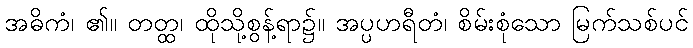
အဓိကံ၊ ၏။ တတ္ထ၊ ထိုသို့စွန့်ရာ၌။ အပ္ပဟရီတံ၊ စိမ်းစုံသော မြက်သစ်ပင်